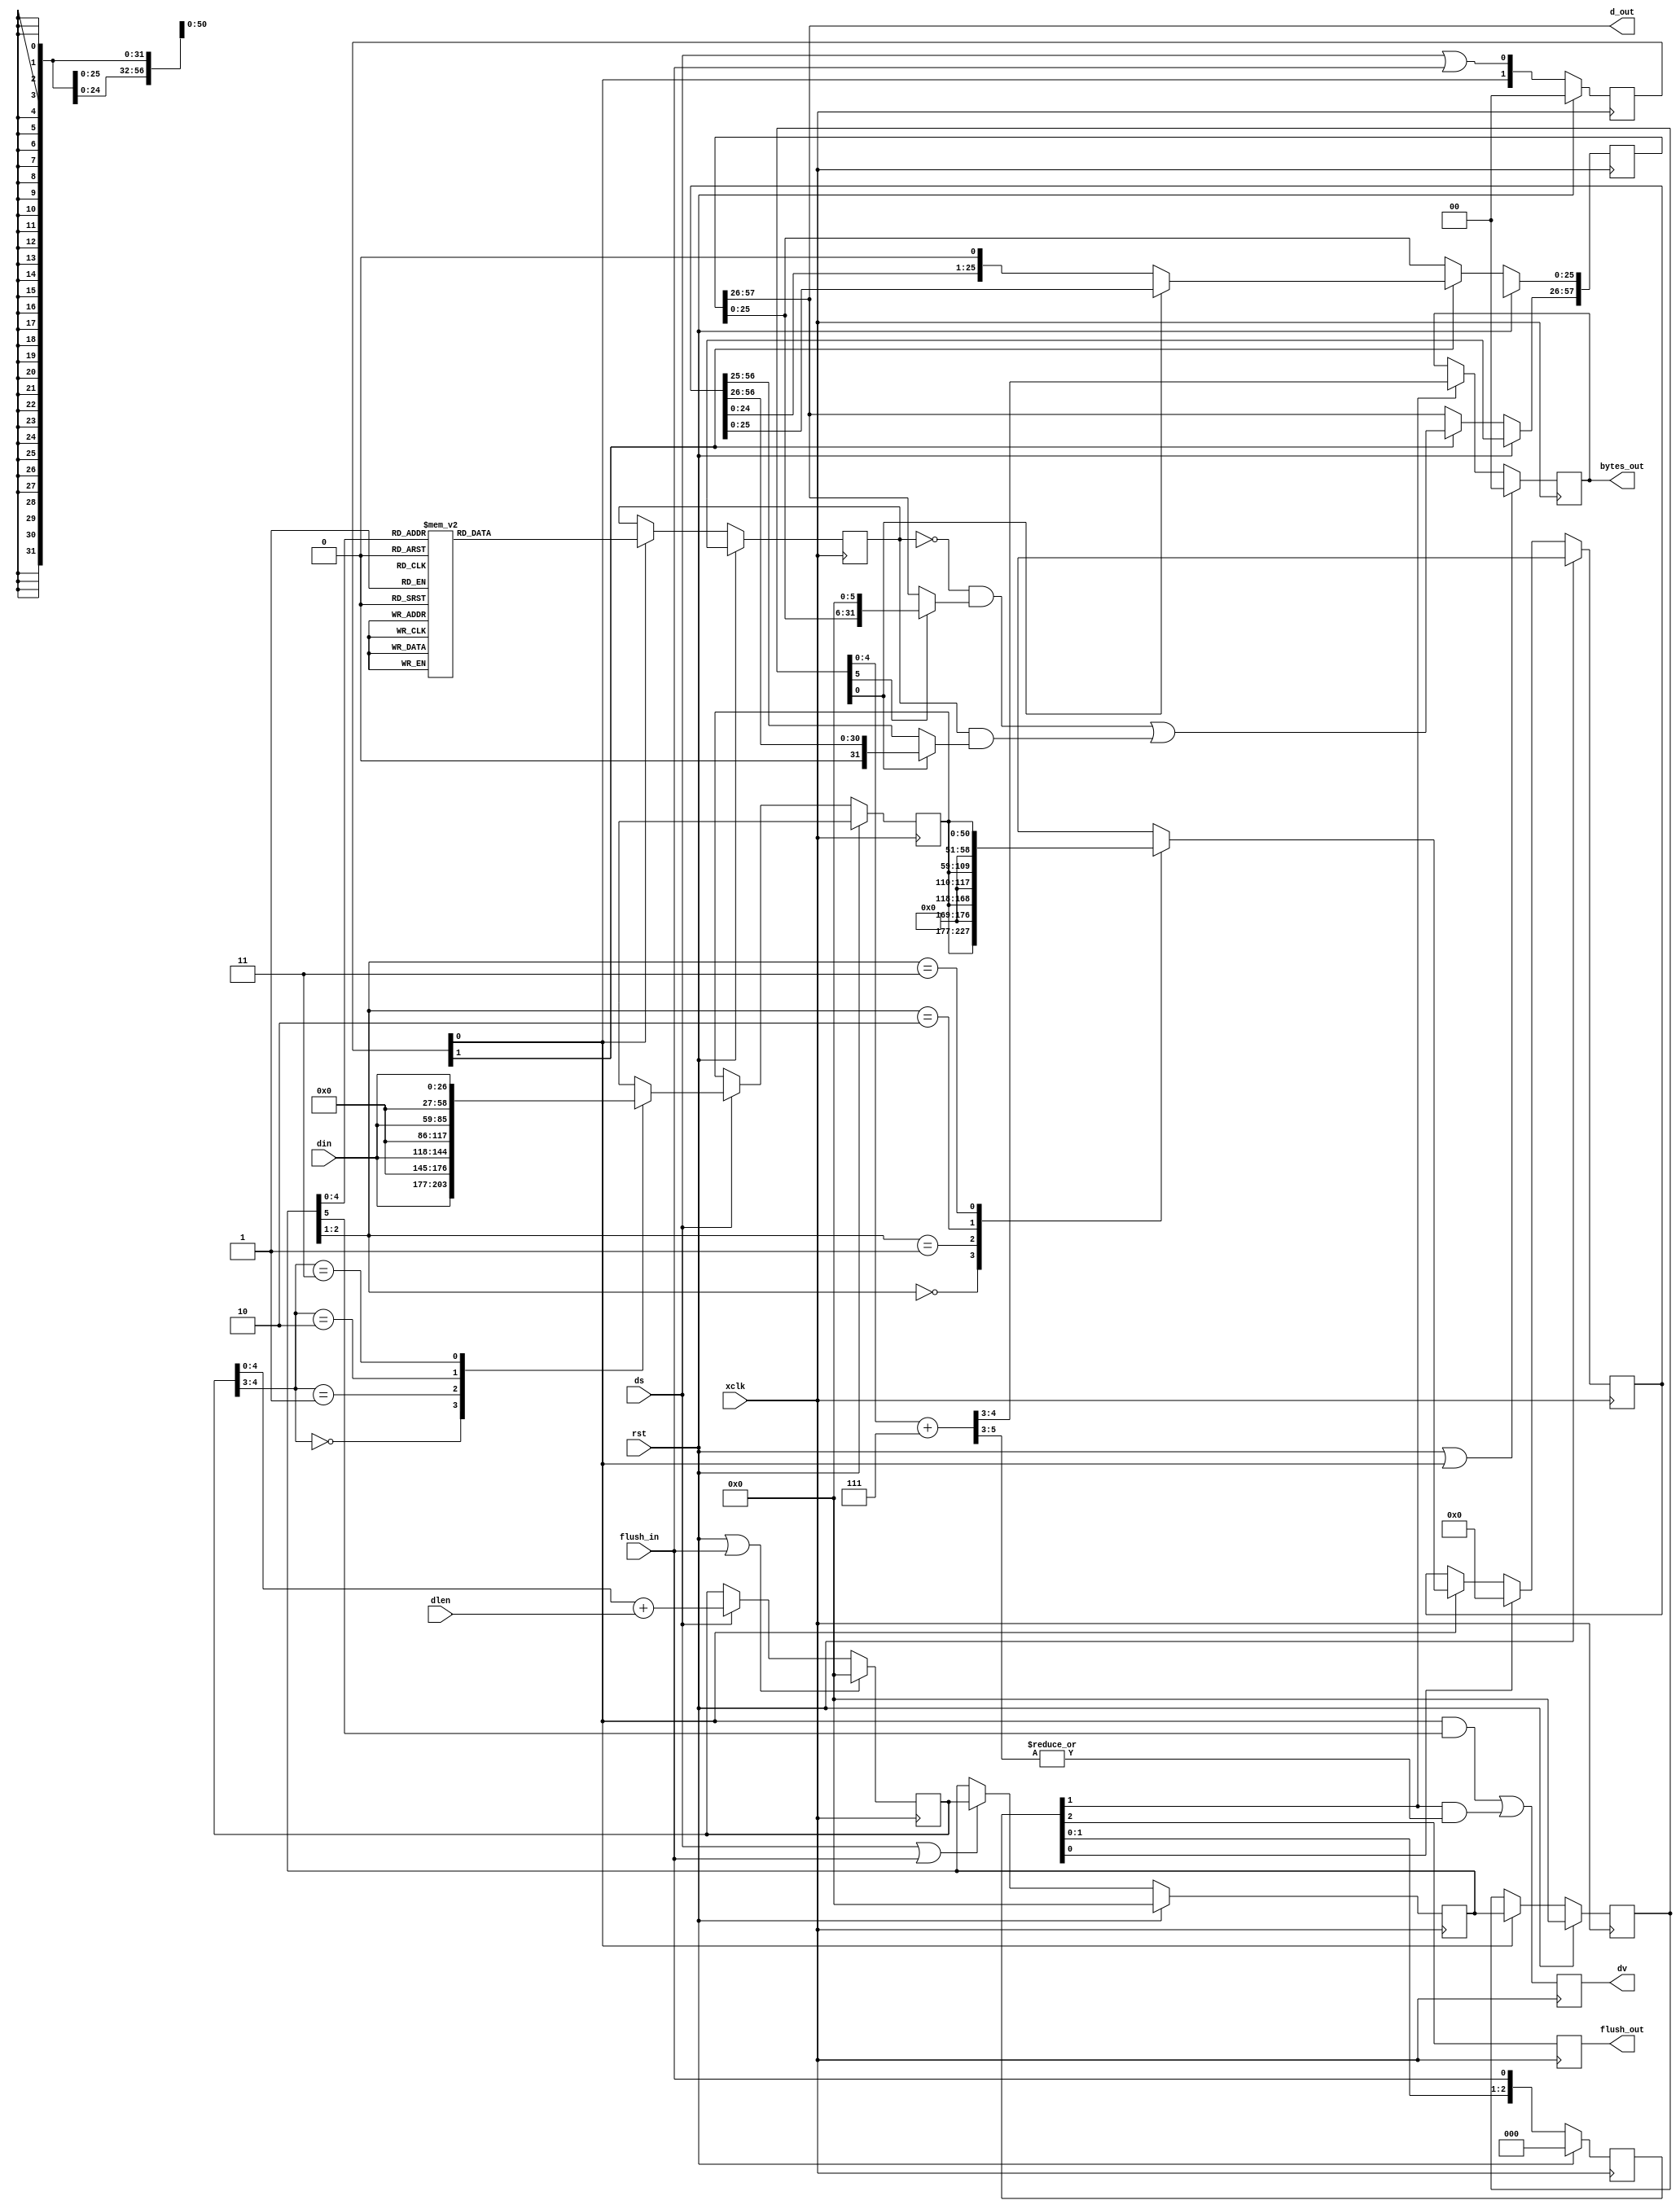
/*!
 * <b>Module:</b>bit_stuffer_27_32
 * @file bit_stuffer_27_32.v
 * @date 2015-10-23  
 * @author Andrey Filippov     
 *
 * @brief Aggregate MSB aligned variable-length (1..27) data to 32-bit words
 *
 * @copyright Copyright (c) 2015 Elphel, Inc .
 *
 * <b>License:</b>
 *
 * bit_stuffer_27_32.v is free software; you can redistribute it and/or modify
 * it under the terms of the GNU General Public License as published by
 * the Free Software Foundation, either version 3 of the License, or
 * (at your option) any later version.
 *
 *  bit_stuffer_27_32.v is distributed in the hope that it will be useful,
 * but WITHOUT ANY WARRANTY; without even the implied warranty of
 * MERCHANTABILITY or FITNESS FOR A PARTICULAR PURPOSE.  See the
 * GNU General Public License for more details.
 *
 * You should have received a copy of the GNU General Public License
 * along with this program.  If not, see <http://www.gnu.org/licenses/> .
 *
 * Additional permission under GNU GPL version 3 section 7:
 * If you modify this Program, or any covered work, by linking or combining it
 * with independent modules provided by the FPGA vendor only (this permission
 * does not extend to any 3-rd party modules, "soft cores" or macros) under
 * different license terms solely for the purpose of generating binary "bitstream"
 * files and/or simulating the code, the copyright holders of this Program give
 * you the right to distribute the covered work without those independent modules
 * as long as the source code for them is available from the FPGA vendor free of
 * charge, and there is no dependence on any encrypted modules for simulating of
 * the combined code. This permission applies to you if the distributed code
 * contains all the components and scripts required to completely simulate it
 * with at least one of the Free Software programs.
 */
`timescale 1ns/1ps

module  bit_stuffer_27_32#(
    parameter DIN_LEN = 27
)(
    input                   xclk,            // pixel clock, sync to incoming data
    input                   rst,             // @xclk
    input     [DIN_LEN-1:0] din,             // input data, MSB aligned
    input             [4:0] dlen,            // input data width
    input                   ds,              // input data valid
    input                   flush_in,        // flush remaining data - should be after last ds. Also prepares for the next block
    output           [31:0] d_out,           // outpt 32-bit data
    output reg        [1:0] bytes_out,       // (0 means 4) valid with dv
    output reg              dv,              // output data valid
    output reg              flush_out        // delayed flush in matching the data latency
);
    localparam  DATA1_LEN = DIN_LEN + 32 - 8;
    localparam  DATA2_LEN = DIN_LEN + 32 - 2;
    localparam  DATA3_LEN = DIN_LEN + 32 - 1;
    reg  [DATA1_LEN-1:0] data1;   // first stage of the barrel shifter
    reg  [DATA2_LEN-1:0] data2;   // second stage of the barrel shifter
    reg  [DATA3_LEN-1:0] data3;   // second stage of the barrel shifter/ output register
    
    reg         [5:0] early_length; // number of bits in the last word (mod 32)
    reg         [5:0] dlen1; // use for the stage 2, MSB - carry out
    reg         [5:0] dlen2; // use for the stage 3
    
    reg        [31:0] dmask2_rom; // data mask (sync with data2) - 1 use new data, 0 - use old data. Use small ROM?
    
    reg         [1:0] stage; // delayed ds or flush
    //reg         [1:0] ds_stage;
    reg         [2:0] flush_stage;
//    reg               flush_pend;
//    wire              flush_ackn = flush_pend && !flush_stage[0] && !stage[0];
    // probably just a single unconditional flush_in delay (not to appear next after ds) will work
//    wire        [4:0] pre_bits_out_w = dlen2[4:0] + 5'h7; 
    wire        [5:0] pre_bits_out_w = {1'b0,dlen2[4:0]} + 6'h7; 

    assign d_out = data3[DATA3_LEN-1 -: 32];
    
    always @ (posedge xclk) begin
    
//        if (rst) flush_pend <= 0;
//        else     flush_pend <= flush_in || (flush_pend && !stage[0]);
    
        if (rst) stage <= 0;
        else     stage <= {stage[0], ds | flush_in};

//        if (rst) ds_stage <= 0;
//        else     ds_stage <= {ds_stage[0], ds};

        if (rst) flush_stage <= 0;
        else     flush_stage <= {flush_stage[1:0], flush_in};
        
        if (rst || flush_in) early_length <= 0;
        else if (ds)         early_length <= early_length[4:0] + dlen; // early_length[5] is not used in calculations, it is just carry out
        
        if     (rst)              dlen1 <= 0;
//        else if (ds)       dlen1 <= early_length; // previous value
        else if (ds || flush_in)  dlen1 <= early_length; // previous value

        if      (rst)        dlen2 <= 0;
        else if (stage[0])   dlen2 <= dlen1; // previous value (position)
        

        // barrel shifter stage 1 (0/8/16/24)
        if (rst) data1 <= 'bx;
//        else if (flush_in) data1 <= 51'b0; // is it needed?
        else if (ds) case (early_length[4:3])
            2'h0: data1 <= {      din, 24'b0};
            2'h1: data1 <= { 8'b0,din, 16'b0};
            2'h2: data1 <= {16'b0,din,  8'b0};
            2'h3: data1 <= {24'b0,din       }; 
        endcase
    
        // barrel shifter stage 2 (0/2/4/6)
        if (rst) data2 <= 'bx;
        else if (flush_stage[0]) data2 <= 0; // flush_stage[0] - equivalent of "if (flush_in) data1 <= 0;"
        else if (stage[0]) case (dlen1[2:1])
            2'h0: data2 <= {      data1, 6'b0};
            2'h1: data2 <= { 2'b0,data1, 4'b0};
            2'h2: data2 <= { 4'b0,data1, 2'b0};
            2'h3: data2 <= { 6'b0,data1      };
        endcase
        
        if (rst) dmask2_rom <= 'bx;
        else if (stage[0]) case (dlen1[4:0])
            5'h00: dmask2_rom <= 32'hffffffff;
            5'h01: dmask2_rom <= 32'h7fffffff;
            5'h02: dmask2_rom <= 32'h3fffffff;
            5'h03: dmask2_rom <= 32'h1fffffff;
            5'h04: dmask2_rom <= 32'h0fffffff;
            5'h05: dmask2_rom <= 32'h07ffffff;
            5'h06: dmask2_rom <= 32'h03ffffff;
            5'h07: dmask2_rom <= 32'h01ffffff;
            5'h08: dmask2_rom <= 32'h00ffffff;
            5'h09: dmask2_rom <= 32'h007fffff;
            5'h0a: dmask2_rom <= 32'h003fffff;
            5'h0b: dmask2_rom <= 32'h001fffff;
            5'h0c: dmask2_rom <= 32'h000fffff;
            5'h0d: dmask2_rom <= 32'h0007ffff;
            5'h0e: dmask2_rom <= 32'h0003ffff;
            5'h0f: dmask2_rom <= 32'h0001ffff;
            5'h10: dmask2_rom <= 32'h0000ffff;
            5'h11: dmask2_rom <= 32'h00007fff;
            5'h12: dmask2_rom <= 32'h00003fff;
            5'h13: dmask2_rom <= 32'h00001fff;
            5'h14: dmask2_rom <= 32'h00000fff;
            5'h15: dmask2_rom <= 32'h000007ff;
            5'h16: dmask2_rom <= 32'h000003ff;
            5'h17: dmask2_rom <= 32'h000001ff;
            5'h18: dmask2_rom <= 32'h000000ff;
            5'h19: dmask2_rom <= 32'h0000007f;
            5'h1a: dmask2_rom <= 32'h0000003f;
            5'h1b: dmask2_rom <= 32'h0000001f;
            5'h1c: dmask2_rom <= 32'h0000000f;
            5'h1d: dmask2_rom <= 32'h00000007;
            5'h1e: dmask2_rom <= 32'h00000003;
            5'h1f: dmask2_rom <= 32'h00000001;
        endcase
        // barrel shifter stage 3 (0/1), combined with output/hold register
        if (rst) data3 <= 'bx;
//        else if (ds_stage[1]) begin
        else if (stage[1]) begin // flush causes shift too
            data3[DATA3_LEN-1 -: 32] <= (~dmask2_rom & (dlen2[5] ? {data3[DATA3_LEN-1-32 : 0],6'b0}: data3[DATA3_LEN-1 -: 32])) |
                               ( dmask2_rom & (dlen2[0] ? {1'b0,data2[DATA2_LEN-1 -: 31]} : data2[DATA2_LEN-1 -: 32]));
            data3[DATA3_LEN-1-32: 0] <= dlen2[0] ? data2[DATA2_LEN-31-1 : 0] : {data2[DATA2_LEN-32-1 : 0], 1'b0};
            
        end

///        dv <= (stage[0] && dlen1[5]) || (flush_stage[1] && (|data3[DATA3_LEN-1 -: 32])); // both ds and flush-caused (full 32-bit out if available)
 
        dv <= (stage[0] && dlen1[5]) || (flush_stage[1] && (|pre_bits_out_w[5:3])); // both ds and flush-caused (full 32-bit out if available)
// no difference in number of cells
//        if      (rst )                bytes_out <= 0; // if the dv was caused by 32 bits full - output 4 bytes
//        else if (ds_stage[1])         bytes_out <= 0; // if the dv was caused by 32 bits full - output 4 bytes
//        if  (rst || ds_stage[1]) bytes_out <= 0; // if the dv was caused by 32 bits full - output 4 bytes

// bytes_out valid with dv
        if      (rst || stage[0])     bytes_out <= 0; // if the dv was caused by 32 bits full - output 4 bytes
        else if (flush_stage[1])      bytes_out <= pre_bits_out_w[4:3];
    
        flush_out <= flush_stage[2];

    end

endmodule